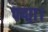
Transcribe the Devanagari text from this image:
पद्मा।